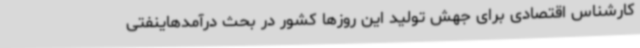
کارشناس اقتصادی برای جهش تولید این روزها کشور در بحث درآمدهاینفتی